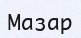
Мазар